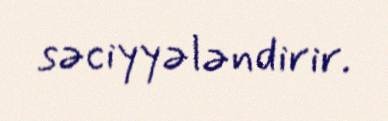
səciyyələndirir.